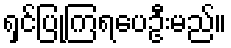
ရှင်ပြုကြရပေဦးမည်။